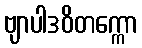
ဗျာပါဒဝိတက္ကော